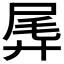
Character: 𫸛